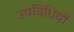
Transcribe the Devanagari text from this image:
उपविधियों